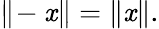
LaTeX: \| \! -\mathit{x}\| =\| \mathit{x}\| .